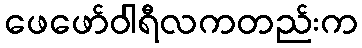
ဖေဖော်ဝါရီလကတည်းက